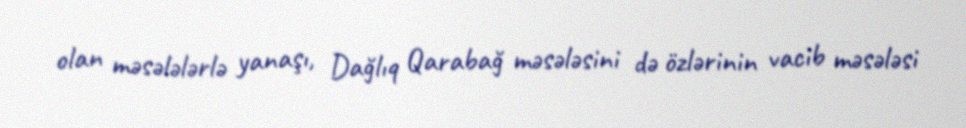
olan məsələlərlə yanaşı, Dağlıq Qarabağ məsələsini də özlərinin vacib məsələsi